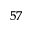
^ { 5 7 }